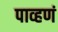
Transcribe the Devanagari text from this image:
पाव्हणं